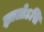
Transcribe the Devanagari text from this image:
ज्ञातोऽसि